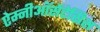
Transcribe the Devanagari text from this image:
ऐम्नीऑसेंटेसिस